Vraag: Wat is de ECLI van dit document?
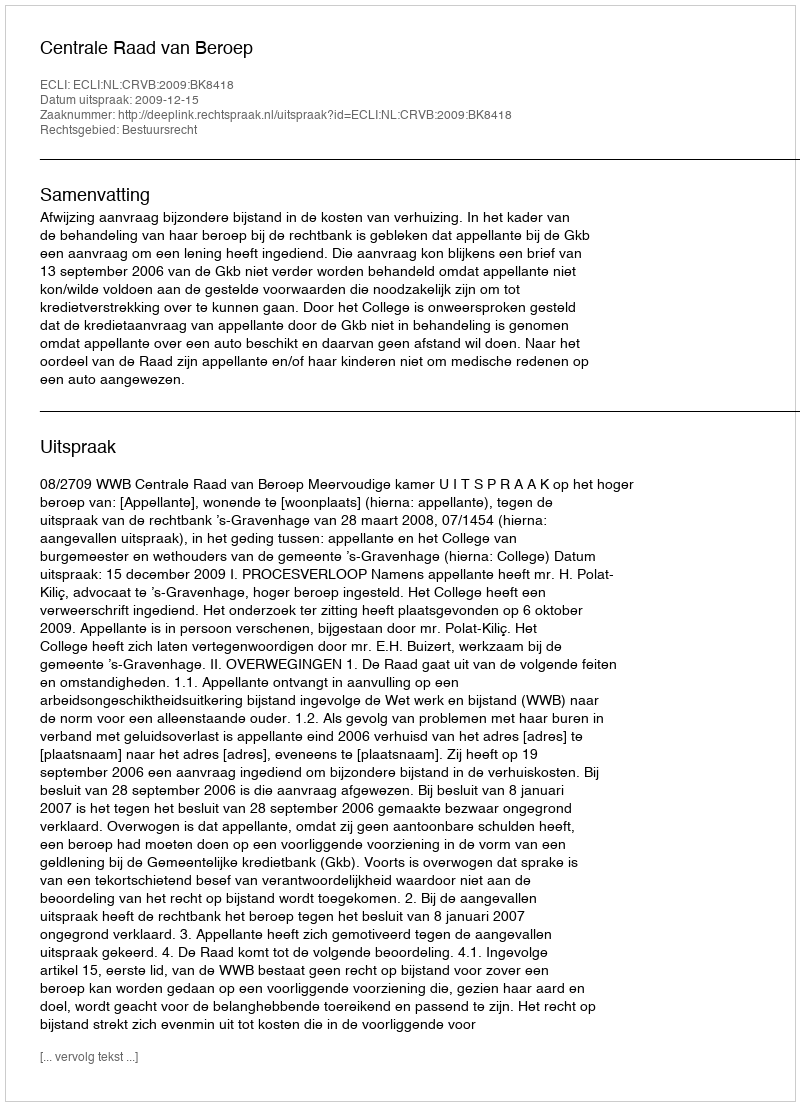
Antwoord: ECLI:NL:CRVB:2009:BK8418